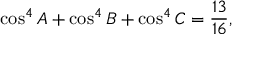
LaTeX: \cos ^ { 4 } A + \cos ^ { 4 } B + \cos ^ { 4 } C = { \frac { 1 3 } { 1 6 } } ,